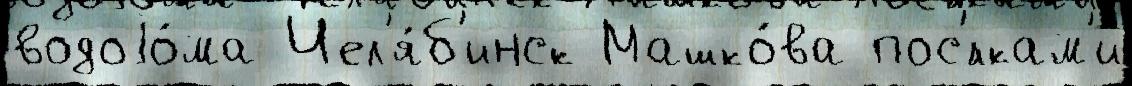
водоjо́ма Чел'я́б'инск Машко́ва пос'́лкам'и